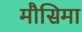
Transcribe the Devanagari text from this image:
मौसिमा